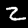
Label: 2